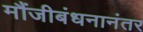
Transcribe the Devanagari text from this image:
मौंजीबंधनानंतर